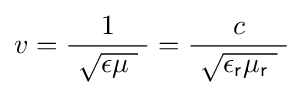
v={\frac {1}{\ {\sqrt {\epsilon \mu \ }}\ }}={\frac {c}{\ {\sqrt {\epsilon _{\mathsf {r}}\mu _{\mathsf {r}}\ }}\ }}